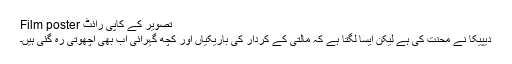
تصویر کے کاپی رائٹ Film poster
دیپیکا نے محنت کی ہے لیکن ایسا لگتا ہے کہ مالتی کے کردار کی باریکیاں اور کچھ گہرائی اب بھی اچھوتی رہ گئی ہیں۔